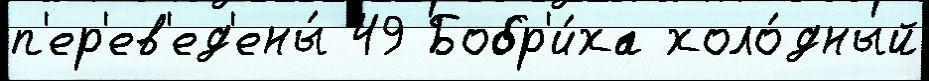
п'ер'ев'ед'ены́ 49 Бобр'и́ха холо́дный